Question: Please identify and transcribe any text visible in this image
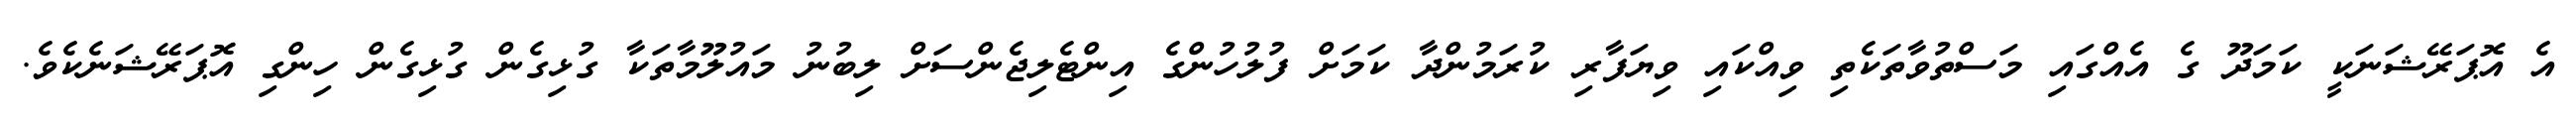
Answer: އެ އޮޕަރޭޝަނަކީ ކަމަދޫ ގެ އެއްގައި މަސްތުވާތަކެތި ވިއްކައި ވިޔަފާރި ކުރަމުންދާ ކަމަށް ފުލުހުންގެ އިންޓެލިޖެންސަށް ލިބުނު މައުލޫމާތަކާ ގުޅިގެން ގުޅިގެން ހިންގި އޮޕަރޭޝަނެކެވެ.